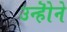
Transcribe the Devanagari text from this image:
उन्होॆने